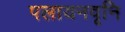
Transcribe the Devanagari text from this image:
पलायनवृनि